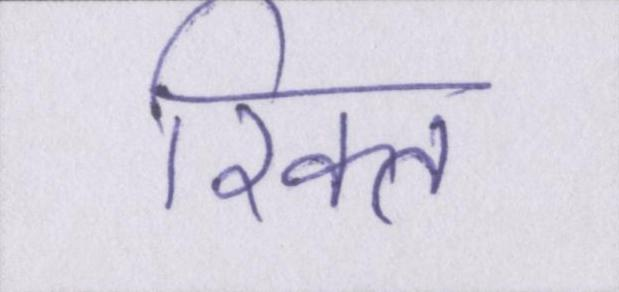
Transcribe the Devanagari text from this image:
रिक्त